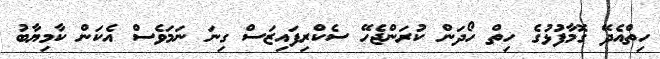
ހިތްއެދޭ ގޮމާފުޅުގެ ހިތް ހޯދަން ކުރަންޖެހޭ ސެކްރިފައިޒަސް ގިނަ ނަމަވެސް އެކަން ކާމިޔާބު